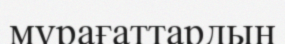
мұрағаттардың